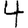
Digit: 4